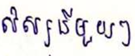
សិស្សនីមួយៗ